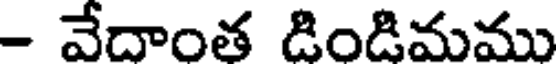
- వేదాంత డిండిమము